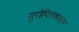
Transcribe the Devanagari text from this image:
युरोपितवसला